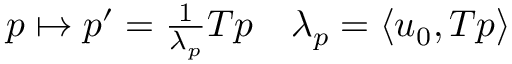
\begin{array} { r } { p \mapsto p ^ { \prime } = \frac { 1 } { \lambda _ { p } } T p \quad \lambda _ { p } = \langle u _ { 0 } , T p \rangle } \end{array}